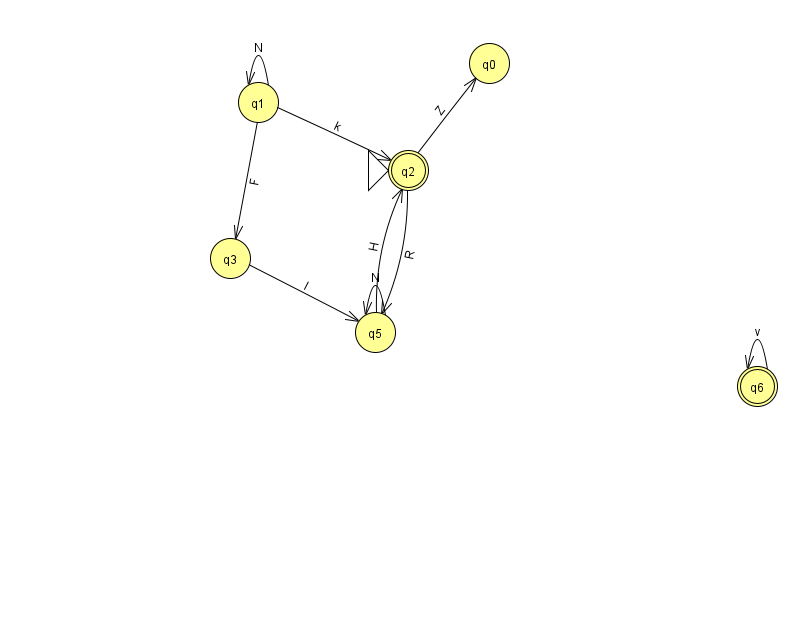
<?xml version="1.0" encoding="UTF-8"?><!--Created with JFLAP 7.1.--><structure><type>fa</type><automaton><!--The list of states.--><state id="0" name="q0"><x>489.0</x><y>50.0</y></state><state id="1" name="q1"><x>258.0</x><y>89.0</y></state><state id="2" name="q2"><x>408.0</x><y>157.0</y><initial/><final/></state><state id="3" name="q3"><x>230.0</x><y>245.0</y></state><state id="5" name="q5"><x>375.0</x><y>319.0</y></state><state id="6" name="q6"><x>757.0</x><y>373.0</y><final/></state><!--The list of transitions.--><transition><from>3</from><to>5</to><read>l</read></transition><transition><from>2</from><to>0</to><read>Z</read></transition><transition><from>6</from><to>6</to><read>v</read></transition><transition><from>2</from><to>5</to><read>R</read></transition><transition><from>1</from><to>2</to><read>k</read></transition><transition><from>5</from><to>2</to><read>H</read></transition><transition><from>1</from><to>1</to><read>N</read></transition><transition><from>1</from><to>3</to><read>F</read></transition><transition><from>5</from><to>5</to><read>N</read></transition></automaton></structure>